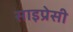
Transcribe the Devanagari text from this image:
साइप्रेसी